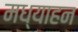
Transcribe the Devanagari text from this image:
मध्याहन